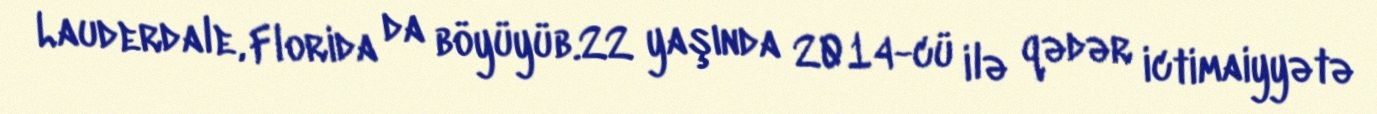
Lauderdale, Florida da böyüyüb.22 yaşında 2014-cü ilə qədər ictimaiyyətə